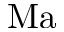
\mathrm { M a }